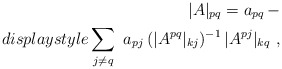
\begin{align*}|A|_{pq} = a_{pq}\, -\\displaystyle\sum_{j\not = q}\ a_{pj}\,(|A^{pq}|_{kj})^{-1}\, |A^{pj}|_{kq}\ ,\end{align*}